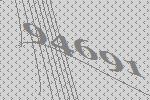
94691